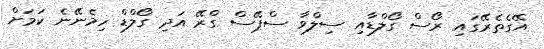
އޭގެތެރޭގައި ރޯސް ގޯލްޑާއި ސިލްވާ ސްޕޭސް ގްރޭ އަދި ގޯލްޑް ހިމެނޭނެ ކަމަށް